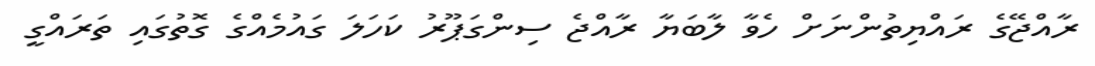
ރާއްޖޭގެ ރައްޔިތުންނަށް ހެވާ ލާބަޔާ ރާއްޖެ ސިންގަޕޫރު ކަހަލަ ގައުމެއްގެ ގޮތުގައި ތަރައްގީ